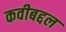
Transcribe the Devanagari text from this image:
कवीबद्दल